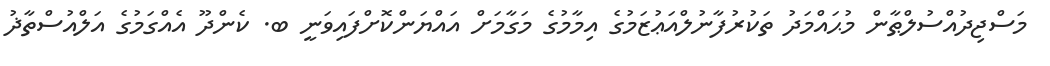
މަސްޖިދުއްސުލްޠާން މުޙައްމަދު ތަކުރުފާނުލްއަޢުޒަމުގެ އިމާމުގެ މަގާމަށް އައްޔަންކޮށްފައިވަނީ ބ. ކެންދޫ އެއްގަމުގެ އަލްއުސްތާޛު